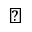
\backprime